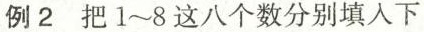
例2 把1~8这八个数分别填入下